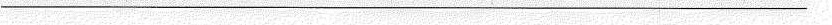
___